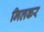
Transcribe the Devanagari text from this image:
मिलकर